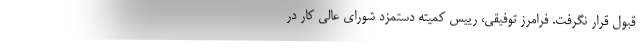
قبول قرار نگرفت. فرامرز توفيقي، رييس كميته دستمزد شوراي عالي كار در